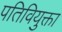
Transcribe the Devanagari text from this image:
पतिवियुक्ता